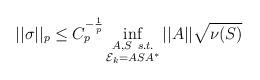
LaTeX: \begin{align*} ||\sigma||_p \leq C_p^{-\frac{1}{p}} \inf_{\substack{A, S \ s.t. \\ \mathcal{E}_k = ASA^*}}||A||\sqrt{\nu(S)}\end{align*}